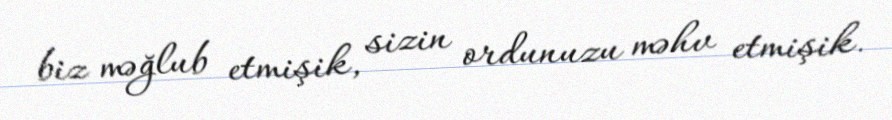
biz məğlub etmişik, sizin ordunuzu məhv etmişik.